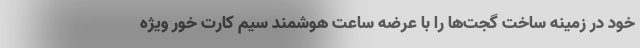
خود در زمینه ساخت گجت‌ها را با عرضه ساعت هوشمند سیم کارت خور ویژه